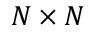
N \times N